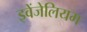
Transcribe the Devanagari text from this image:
इवेंजेलियम